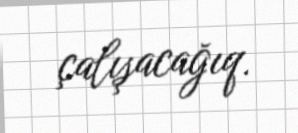
çalışacağıq.